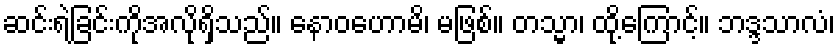
ဆင်းရဲခြင်းကိုအလိုရှိသည်။ နောဝဟောမိ၊ မဖြစ်။ တသ္မာ၊ ထို့ကြောင့်။ ဘဒ္ဒသာလံ၊